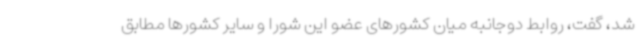
شد، گفت، روابط دوجانبه میان کشورهای عضو این شورا و سایر کشورها مطابق